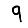
Digit: 9